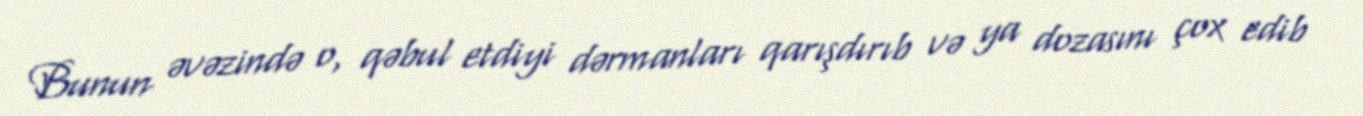
Bunun əvəzində o, qəbul etdiyi dərmanları qarışdırıb və ya dozasını çox edib